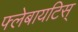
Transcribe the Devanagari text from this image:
फ्लेबायटिस्